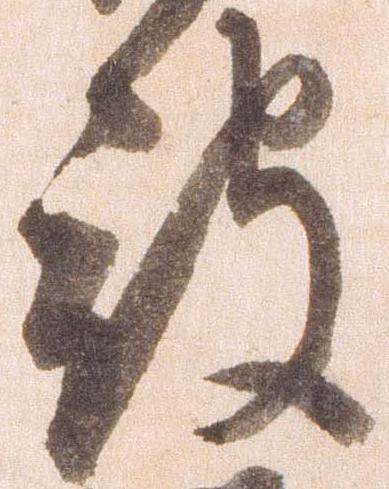
被